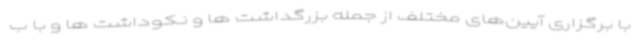
با برگزاری آیین‌های مختلف از جمله بزرگداشت ها و نکوداشت ها و با ب